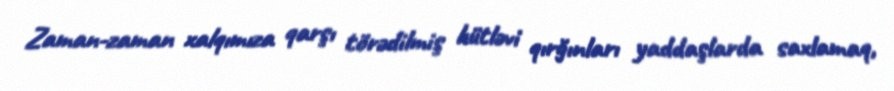
Zaman-zaman xalqımıza qarşı törədilmiş kütləvi qırğınları yaddaşlarda saxlamaq,